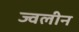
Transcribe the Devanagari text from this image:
ज्वलीन